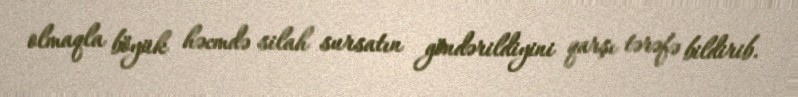
olmaqla böyük həcmdə silah sursatın göndərildiyini qarşı tərəfə bildirib.